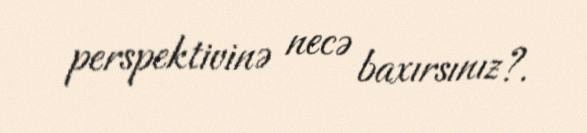
perspektivinə necə baxırsınız?.